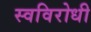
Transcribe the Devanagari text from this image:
स्वविरोधी